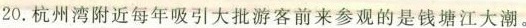
20. 杭州湾附近每年吸引大批游客前来参观的是钱塘江大潮。